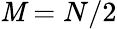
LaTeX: \mathit{M}=N/2